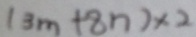
( 3 m + 8 n ) \times 2